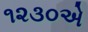
૧૨૩૦એ